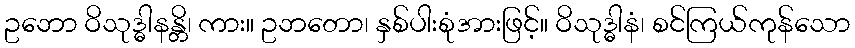
ဥဘော ဝိသုဒ္ဓါနန္တိ၊ ကား။ ဥဘတော၊ နှစ်ပါးစုံအားဖြင့်။ ဝိသုဒ္ဓါနံ၊ စင်ကြယ်ကုန်သော